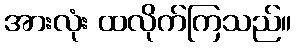
အားလုံး ထလိုက်ကြသည်။